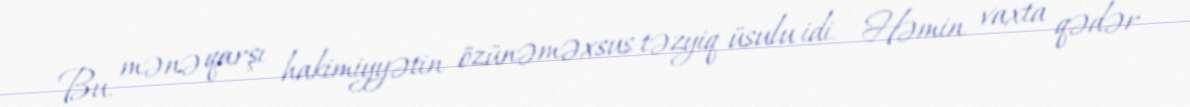
Bu, mənə qarşı hakimiyyətin özünəməxsus təzyiq üsulu idi. - Həmin vaxta qədər